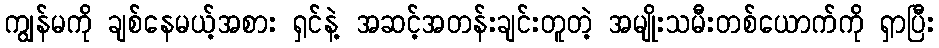
ကျွန်မကို ချစ်နေမယ့်အစား ရှင်နဲ့ အဆင့်အတန်းချင်းတူတဲ့ အမျိုးသမီးတစ်ယောက်ကို ရှာပြီး